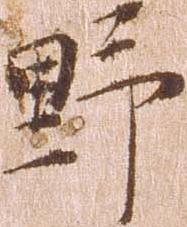
野